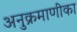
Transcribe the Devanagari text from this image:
अनुक्रमाणीका